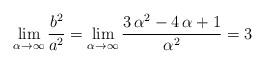
LaTeX: \begin{align*}\lim_{\alpha \to \infty} \frac{b^2}{a^2}=\lim_{\alpha \to \infty} \frac{3\,\alpha^2-4\,\alpha+1}{\alpha^2}=3\end{align*}